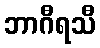
ဘာဂီရသီ